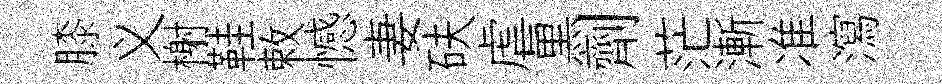
膝义榭鞋敕憾妻砆虐黒劑茫漸准瀉